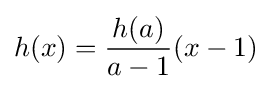
h(x)={\frac {h(a)}{a-1}}(x-1)